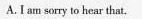
A.I am sorry to hear that.